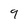
Character: 9